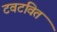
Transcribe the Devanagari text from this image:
टवटवित